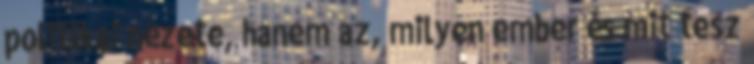
politikai nézete, hanem az, milyen ember és mit tesz